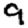
Digit: 9